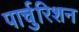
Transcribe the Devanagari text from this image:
पार्चुरिशन